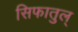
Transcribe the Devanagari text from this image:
सिफातुल्